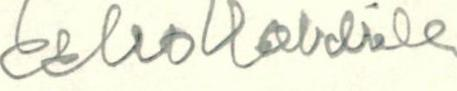
E  le